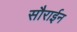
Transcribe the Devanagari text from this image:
सौराईन